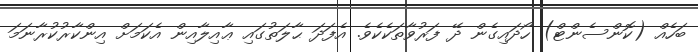
ބަހެއް (ކޮންސެންޓް) ހޯދައިގެން ދޭ ފަރުވާތަކެކެވެ. އެފަދަ ޙާލަތުގައި ޢާއިލާއިން އެކަމަށް އިންކާރުކުރާނަމަ